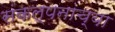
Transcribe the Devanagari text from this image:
संकल्पनाच्या